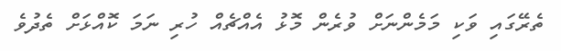
ތެރޭގައި ވަކި މަމެންނަށް ވުރެން މޮޅު އެއްޗެއް ހުރި ނަމަ ކޮއްޅަށް ތެދުވެ